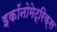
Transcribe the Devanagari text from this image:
इकॉनोमेट्रिक्स